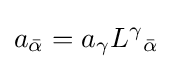
a_{\bar {\alpha }}=a_{\gamma }L^{\gamma }{}_{\bar {\alpha }}